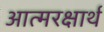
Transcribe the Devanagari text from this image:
आत्मरक्षार्थ